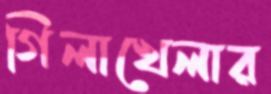
গিলাখেলার